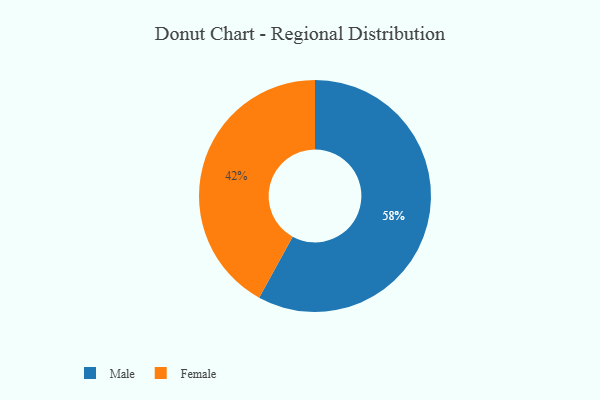
{"axis": {"x": "Category", "y": "Percentage"}, "legend": ["Female", "Male"], "data": [{"x": "Female", "y": 42, "type": "Female"}, {"x": "Male", "y": 58, "type": "Male"}]}